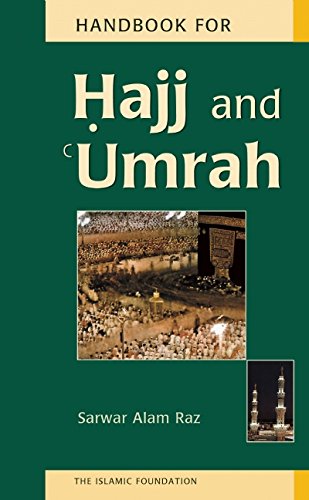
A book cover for Handbook for Hajj and Umrah (English and Arabic Edition); Sarwar Alam Raz; Religion & Spirituality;